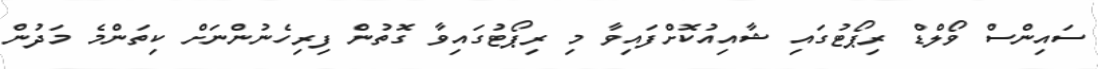
ސައިންސް ވޯލްޑް ރިޕޯޓުގައި ޝާއިއުކޮށްފައިވާ މި ރިޕޯޓުގައިވާ ގޮތުން ފިރިހެނުންނަށް ކިތަންމެ މަދުން